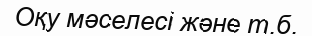
Оқу мәселесі және т.б.